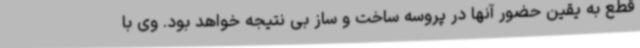
قطع به یقین حضور آنها در پروسه ساخت و ساز بی نتیجه خواهد بود. وی با